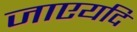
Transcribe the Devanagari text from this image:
जाएयदि